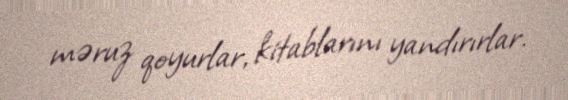
məruz qoyurlar, kitablarını yandırırlar.